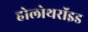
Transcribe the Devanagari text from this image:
होलोथरॉइड